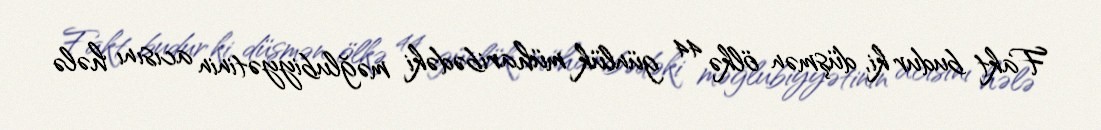
Fakt budur ki, düşmən ölkə 44 günlük müharibədəki məğlubiyyətinin acısını hələ